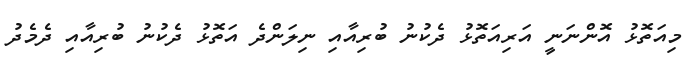
މިއަތޮޅު އޮންނަނީ އަރިއަތޮޅު ދެކުނު ބުރިއާއި ނިލަންދެ އަތޮޅު ދެކުނު ބުރިއާއި ދެމެދު